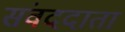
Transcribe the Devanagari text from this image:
संवददाता